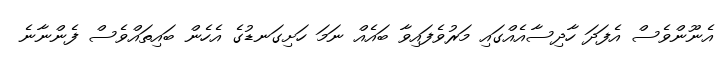
އެނޫންވެސް އެފަދަ ހާދިސާއެއްގައި މަރުވެފައިވާ ބައެއް ނަމަ ހަށިގަނޑުގެ އެހެން ބައިތައްވެސް ފެންނާނެ